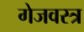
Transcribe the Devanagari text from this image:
गेजवस्त्र